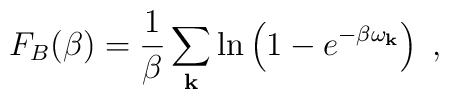
F_{B}(\beta)=\frac{1}{\beta}\sum_{\bf k}\ln\left(1-e^{-\beta    \omega_{\bf k}}\right)\;,